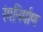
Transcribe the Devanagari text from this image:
रंगनिर्माण